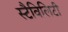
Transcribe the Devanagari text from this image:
स्टैविलिटी